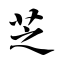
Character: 芝